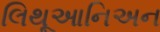
લિથૂઆનિઅન